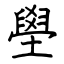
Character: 壆